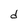
Character: d